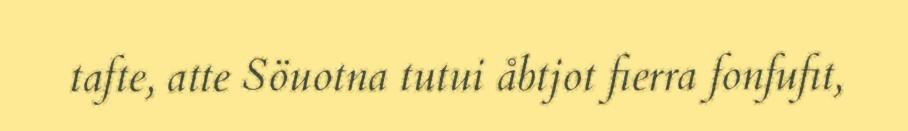
tafte, atte Söuotna tutui åbtjot fierra fonfufit,